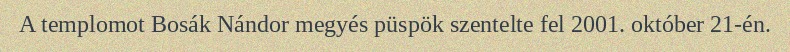
A templomot Bosák Nándor megyés püspök szentelte fel 2001. október 21-én.